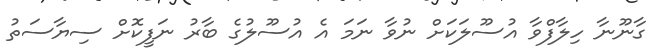
ގާނޫނާ ހިލާފްވާ އުސޫލަކަށް ނުވާ ނަމަ އެ އުސޫލުގެ ބާރު ނަފީކޮށް ސިޔާސަތު